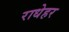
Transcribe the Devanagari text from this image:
राधेहर